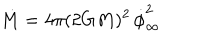
\dot { M } = 4 \pi ( 2 G M ) ^ { 2 } \, \dot { \phi } _ { \infty } ^ { 2 }